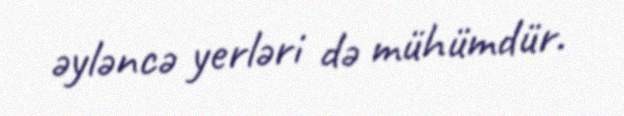
əyləncə yerləri də mühümdür.